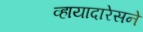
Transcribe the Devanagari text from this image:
व्हायादारेसने